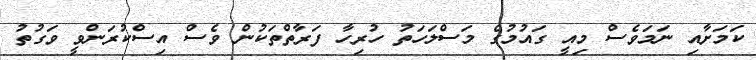
ކަމަށާއި ނަމަވެސް މިއީ ގައުމުގެ މަސްލަހަތު ހުރިހާ ފަރާތްތަކުން ވެސް އިސްކުރަންވީ ވަގުތު